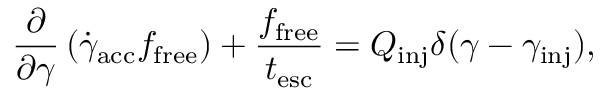
\frac { \partial } { \partial \gamma } \left( \dot { \gamma } _ { \mathrm { a c c } } f _ { \mathrm { f r e e } } \right) + \frac { f _ { \mathrm { f r e e } } } { t _ { \mathrm { e s c } } } = Q _ { \mathrm { i n j } } \delta ( \gamma - \gamma _ { \mathrm { i n j } } ) ,